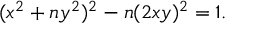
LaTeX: ( x ^ { 2 } + n y ^ { 2 } ) ^ { 2 } - n ( 2 x y ) ^ { 2 } = 1 .